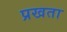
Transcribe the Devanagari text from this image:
प्रखता